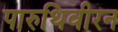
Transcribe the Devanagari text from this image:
पारुथिवीरन